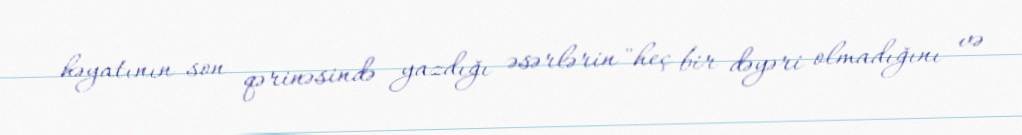
həyatının son qərinəsində yazdığı əsərlərin "heç bir dəyəri olmadığını və